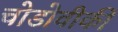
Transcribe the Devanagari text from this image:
चोडोवीकी